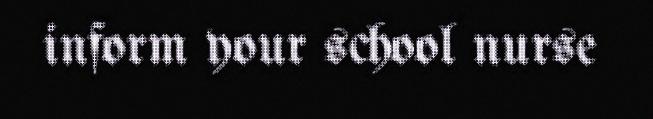
inform your school nurse